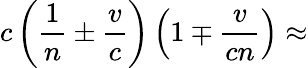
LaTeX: c\left({\frac{1}{n}}\pm{\frac{v}{c}}\right)\left(1\mp{\frac{v}{cn}}\right)\approx